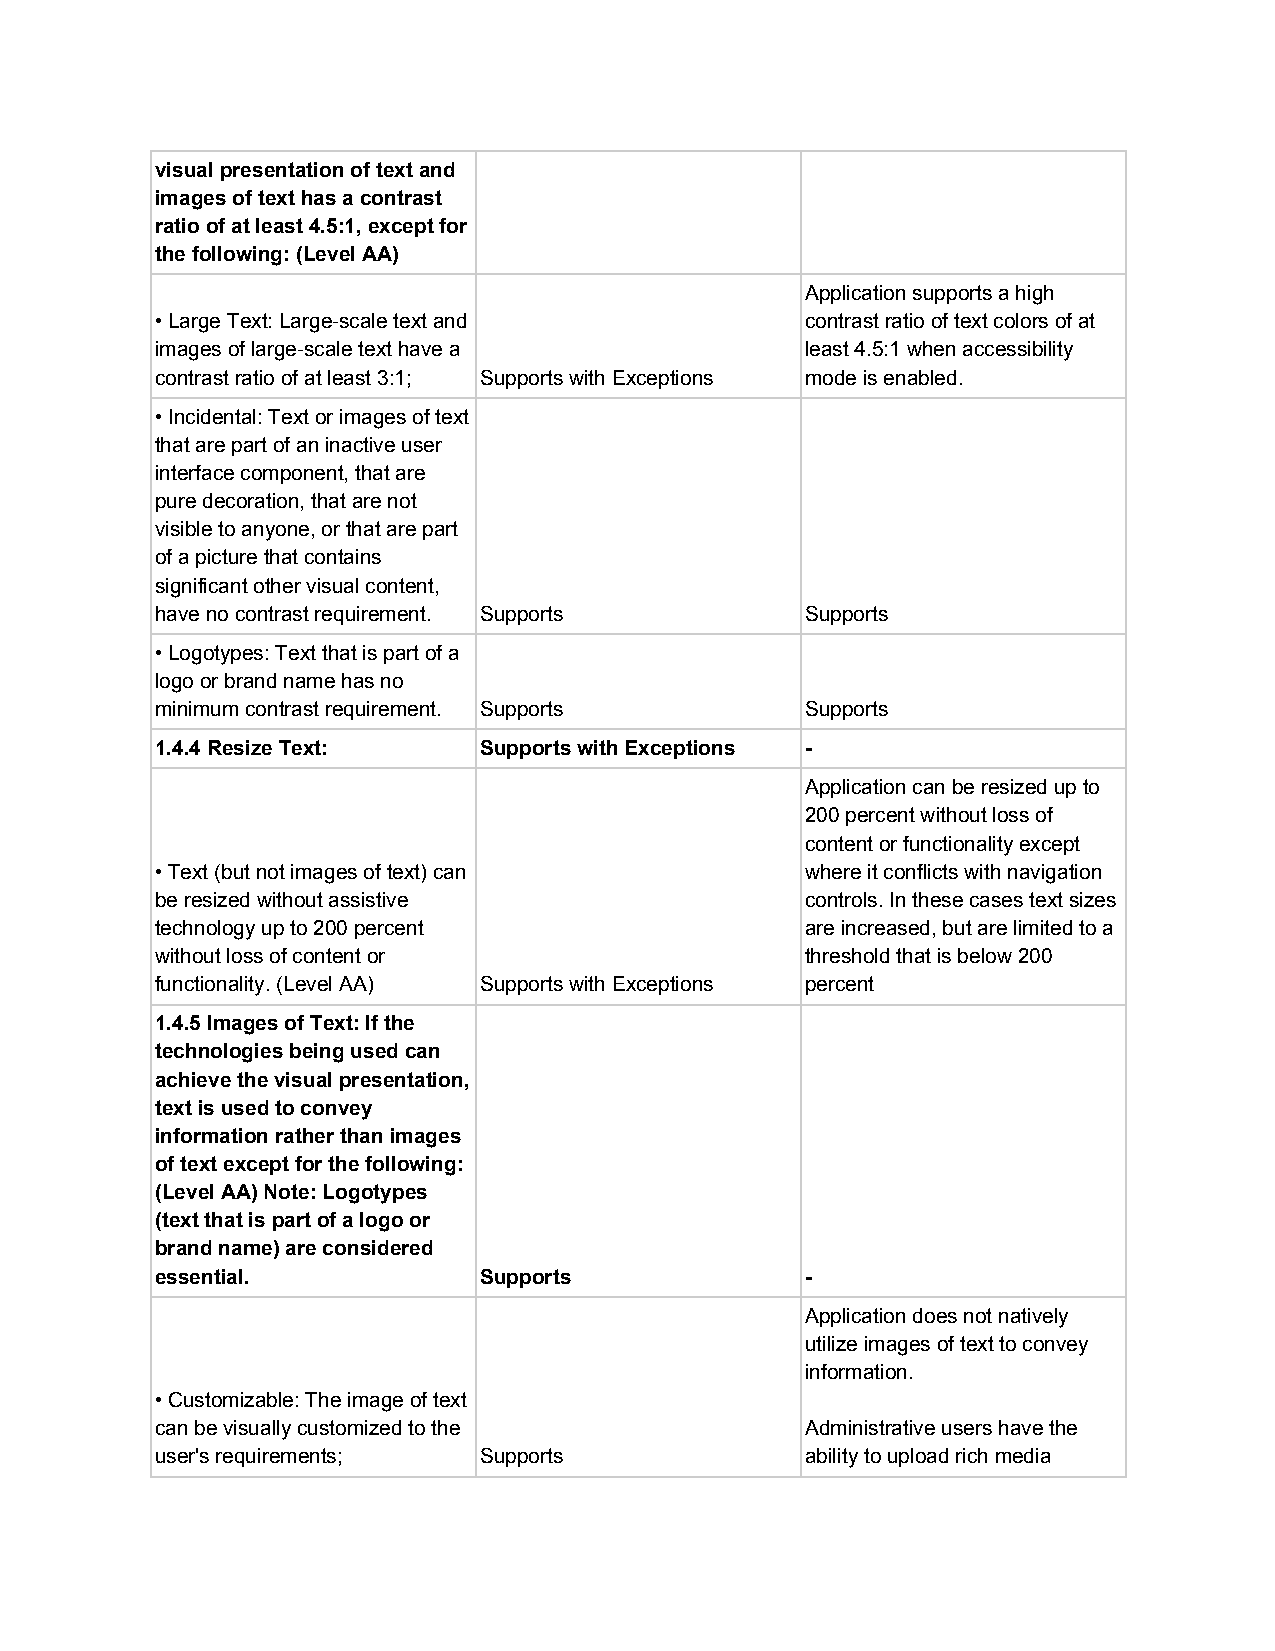
visual presentation of text and
 images of text has a contrast
 ratio of at least 4.5:1, except for
 the following: (Level AA)
 Application supports a high
 • Large Text: Large-scale text and         contrast ratio of text colors of at
 images of large-scale text have a          least 4.5:1 when accessibility
 contrast ratio of at least 3:1; Supports with Exceptions mode is enabled.
 • Incidental: Text or images of text
 that are part of an inactive user
 interface component, that are
 pure decoration, that are not
 visible to anyone, or that are part
 of a picture that contains
 significant other visual content,
 have no contrast requirement. Supports     Supports
 • Logotypes: Text that is part of a
 logo or brand name has no
 minimum contrast requirement. Supports     Supports
 1.4.4 Resize Text:    Supports with Exceptions -
 Application can be resized up to
 200 percent without loss of
 content or functionality except
 • Text (but not images of text) can        where it conflicts with navigation
 be resized without assistive               controls. In these cases text sizes
 technology up to 200 percent               are increased, but are limited to a
 without loss of content or                 threshold that is below 200
 functionality. (Level AA) Supports with Exceptions percent
 1.4.5 Images of Text: If the
 technologies being used can
 achieve the visual presentation,
 text is used to convey
 information rather than images
 of text except for the following:
 (Level AA) Note: Logotypes
 (text that is part of a logo or
 brand name) are considered
 essential.            Supports             -
 Application does not natively
 utilize images of text to convey
 information.
 • Customizable: The image of text
 can be visually customized to the          Administrative users have the
 user's requirements;  Supports             ability to upload rich media